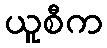
ယူစီက